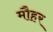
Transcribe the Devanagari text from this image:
मौहर